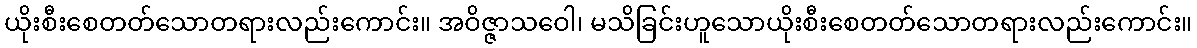
ယိုးစီးစေတတ်သောတရားလည်းကောင်း။ အဝိဇ္ဇာသဝေါ၊ မသိခြင်းဟူသောယိုးစီးစေတတ်သောတရားလည်းကောင်း။